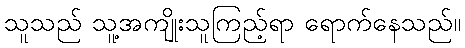
သူသည် သူ့အကျိုးသူကြည့်ရာ ရောက်နေသည်။